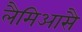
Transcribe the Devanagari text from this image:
लैमिआसै